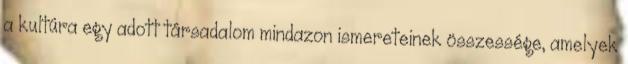
a kultúra egy adott társadalom mindazon ismereteinek összessége, amelyek